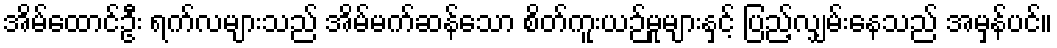
အိမ်ထောင်ဦး ရက်လများသည် အိမ်မက်ဆန်သော စိတ်ကူးယဉ်မှုများနှင့် ပြည့်လျှမ်းနေသည် အမှန်ပင်။